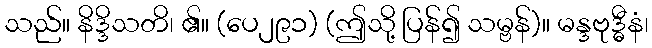
သည်။ နိဒ္ဒိသတိ၊ ၏။ (ပေ၂၉၁) (ဤသို့ ပြန်၍ သမ္ဗန်)။ မန္ဒဗုဒ္ဓီနံ၊